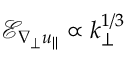
\mathcal { E } _ { \nabla _ { \perp } u _ { \| } } \propto k _ { \perp } ^ { 1 / 3 }